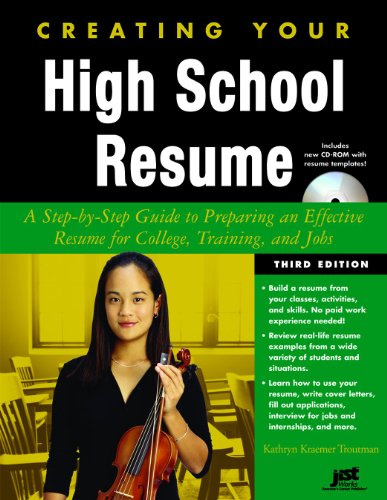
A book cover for Creating Your High School Resume: A Step-By-Step Guide to Preparing an Effective Resume for College, Training, and Jobs [With CDROM]; Kathryn Kraemer Troutman; Teen & Young Adult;